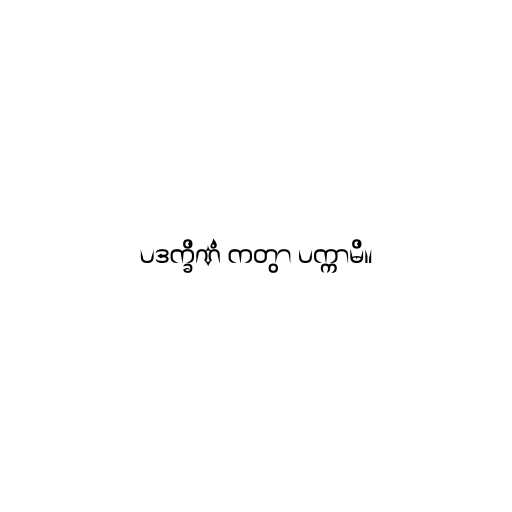
ပဒက္ခိဏံ ကတွာ ပက္ကာမိ။